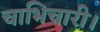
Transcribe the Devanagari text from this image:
चाभिचारी।